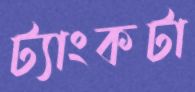
ট্যাংকটা